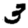
Digit: 3